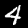
Digit: 4